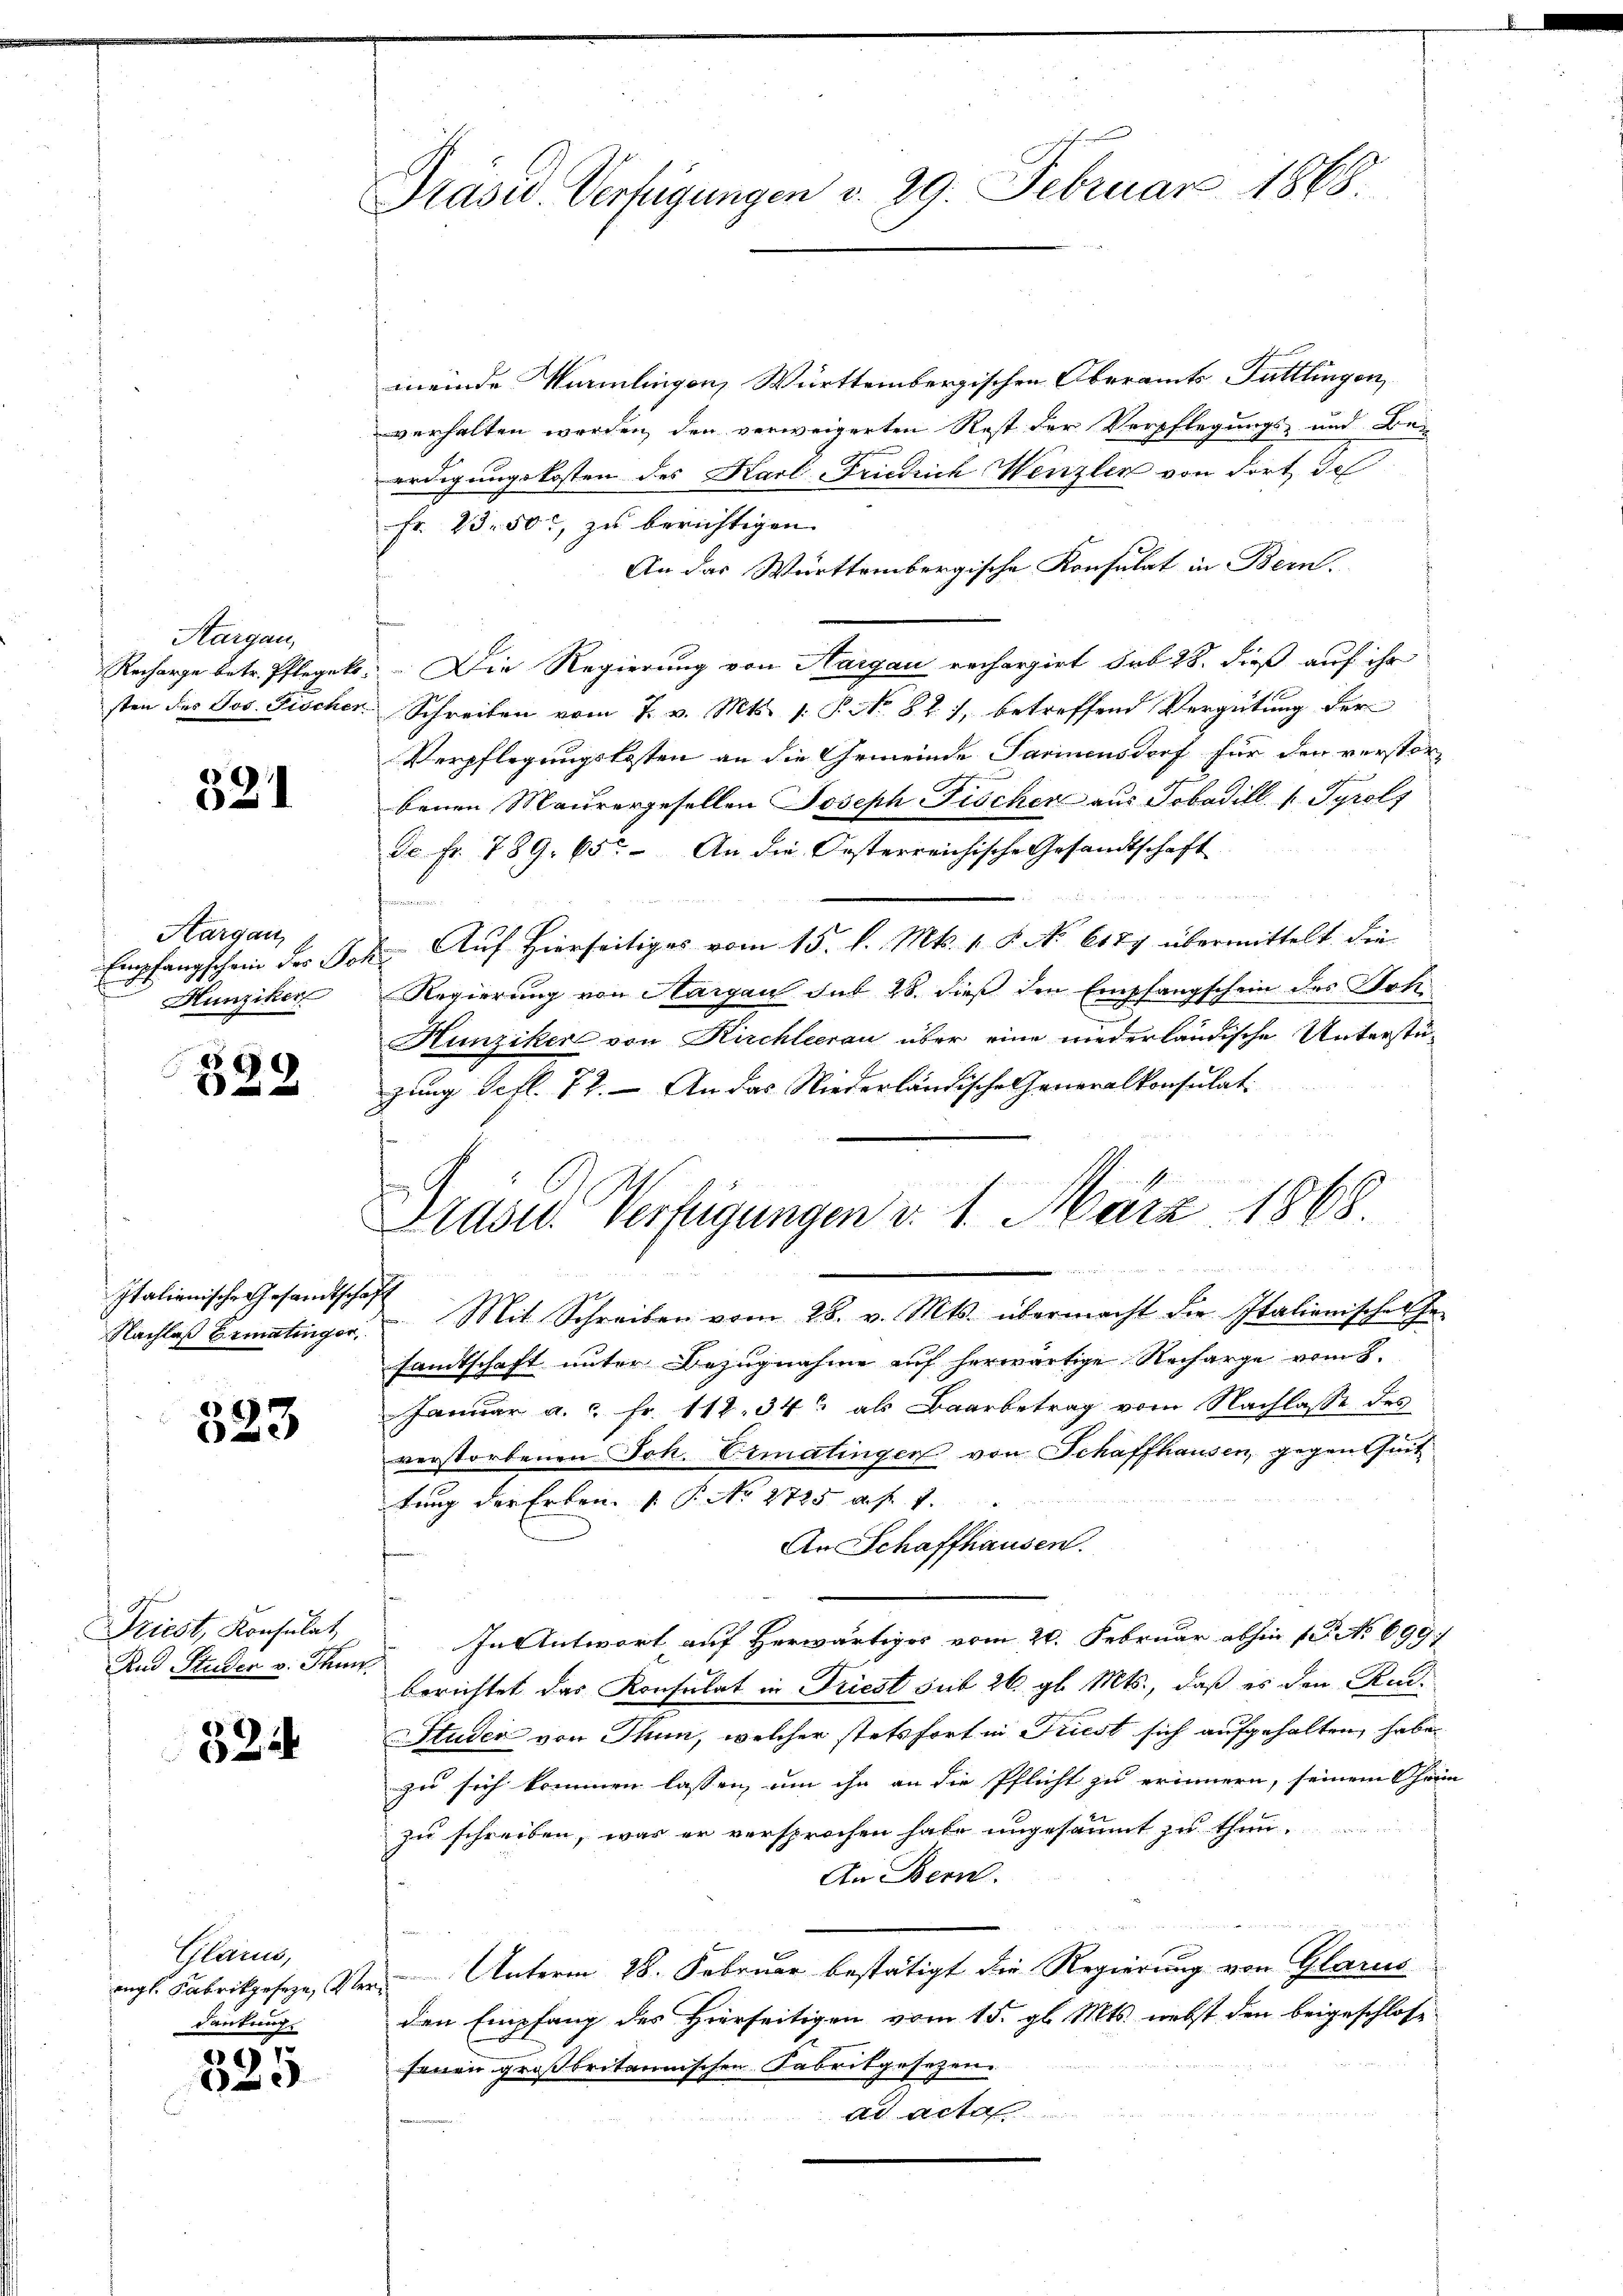
Aargau,

321

Hargau,
Empfangschein des Dr
Hunziker

Italienische Gesandtschaft

323

Driest, Konsulat
Und Studer v. Thun.

324

Plan,
dankung.

325

Präsid. Verfügungen v. 29. Februar 1868.

meinde Würmlingen, Württembergischen Oberamts Tuttlingen,
verhalten worden, den verweigerten Rest der Verpflegungs- und Beerdigungskosten des Karl-Friedrich Wenzler von dort de
Fr. 23. 50, zu berichtigen.
An das Württembergische Konsulat in Bern.
Recharge betr. Pflegekt. Die Regierung von Aargau rechargirt sub 28. dieß auf ihr
sten des Jos. Fischer Schreiben vom 7. v. Mts. 1. P. No. 82. 7, betreffend Vergütung der
Verpflegungskosten an die Gemeinde Parmensdorf für den verstorbenen Maurergesellen Joseph Fischer aus Tobadill ( Tyrols
de fr. 789. 65. An die Orsterreichische Gesandtschaft
u
E. Auf Hierseitiges vom 15. l. Mts. 1. 8. No 6187 übermittelt die
Regierung von Margau sub 28. dieß den Empfangschein des Soh¬
Hunziker von Kirchleerau über eine niederländische Unterstüzung defl. 72. – An das Niederländische Generalkonsulat
Nachlaβ Bematinger. Mit Schreiben vom 28. v. Mts. übermacht die Italienisches Ge-
sandtschaft unter Bezugnahme auf herwärtige Recharge vom 8.
Januar a. c. fr. 112. 34 als Baarbetrag vom Nachlasse des
verstorbenen Joh. Ermatingen von Schaffhausen, gegentheit
tung der Erben. P. No 2725 f. 7.
An Schaffhausen.
s
In Antwort auf Herwärtiges vom 20. Februar abhin 1. No 699.
berichtet das Konsulat in Triest sub 26. gl. Mts., daß es den Rud
Studer von Thun, welcher stetsfort in Friest sich aufgehalten habe.
zu sich kommen lassen, um ihn an die Pflicht zu erinnern, seinem Chriin- |
zu schreiben, was er versprochen habe ungesäumt zu thun.
An Bern.
angs. Fabrikgeseze, Ver Unterm 28. Februar bestätigt die Regierung von Glarus
den Empfang des Hierseitigen vom 15. gl. Mts. nebst den beigeschlose
fenen großbritannischen Fabrikgesezen
ad actan

Präser Verfügungen d. 1. März 1868.
 namen in de